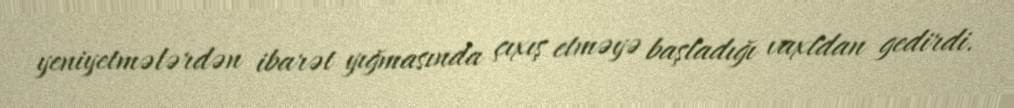
yeniyetmələrdən ibarət yığmasında çıxış etməyə başladığı vaxtdan gedirdi.